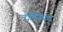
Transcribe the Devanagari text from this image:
टार्वेसियो